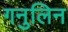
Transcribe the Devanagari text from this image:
गनुलिन